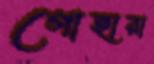
গোহারা